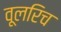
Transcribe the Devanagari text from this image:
वूलरिच